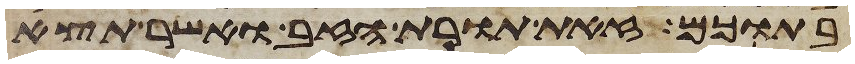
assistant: בתוכם זאת תורת הזב ואשר תצא